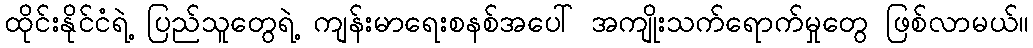
ထိုင်းနိုင်ငံရဲ့ ပြည်သူတွေရဲ့ ကျန်းမာရေးစနစ်အပေါ် အကျိုးသက်ရောက်မှုတွေ ဖြစ်လာမယ်။